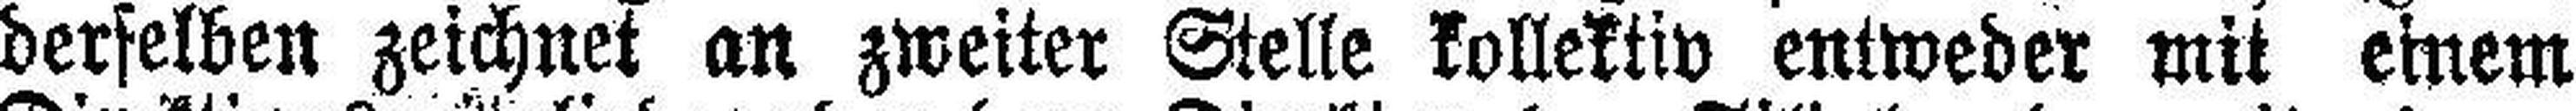
derselben zeichnet an zweiter Stelle kollektiv entweder mit einem